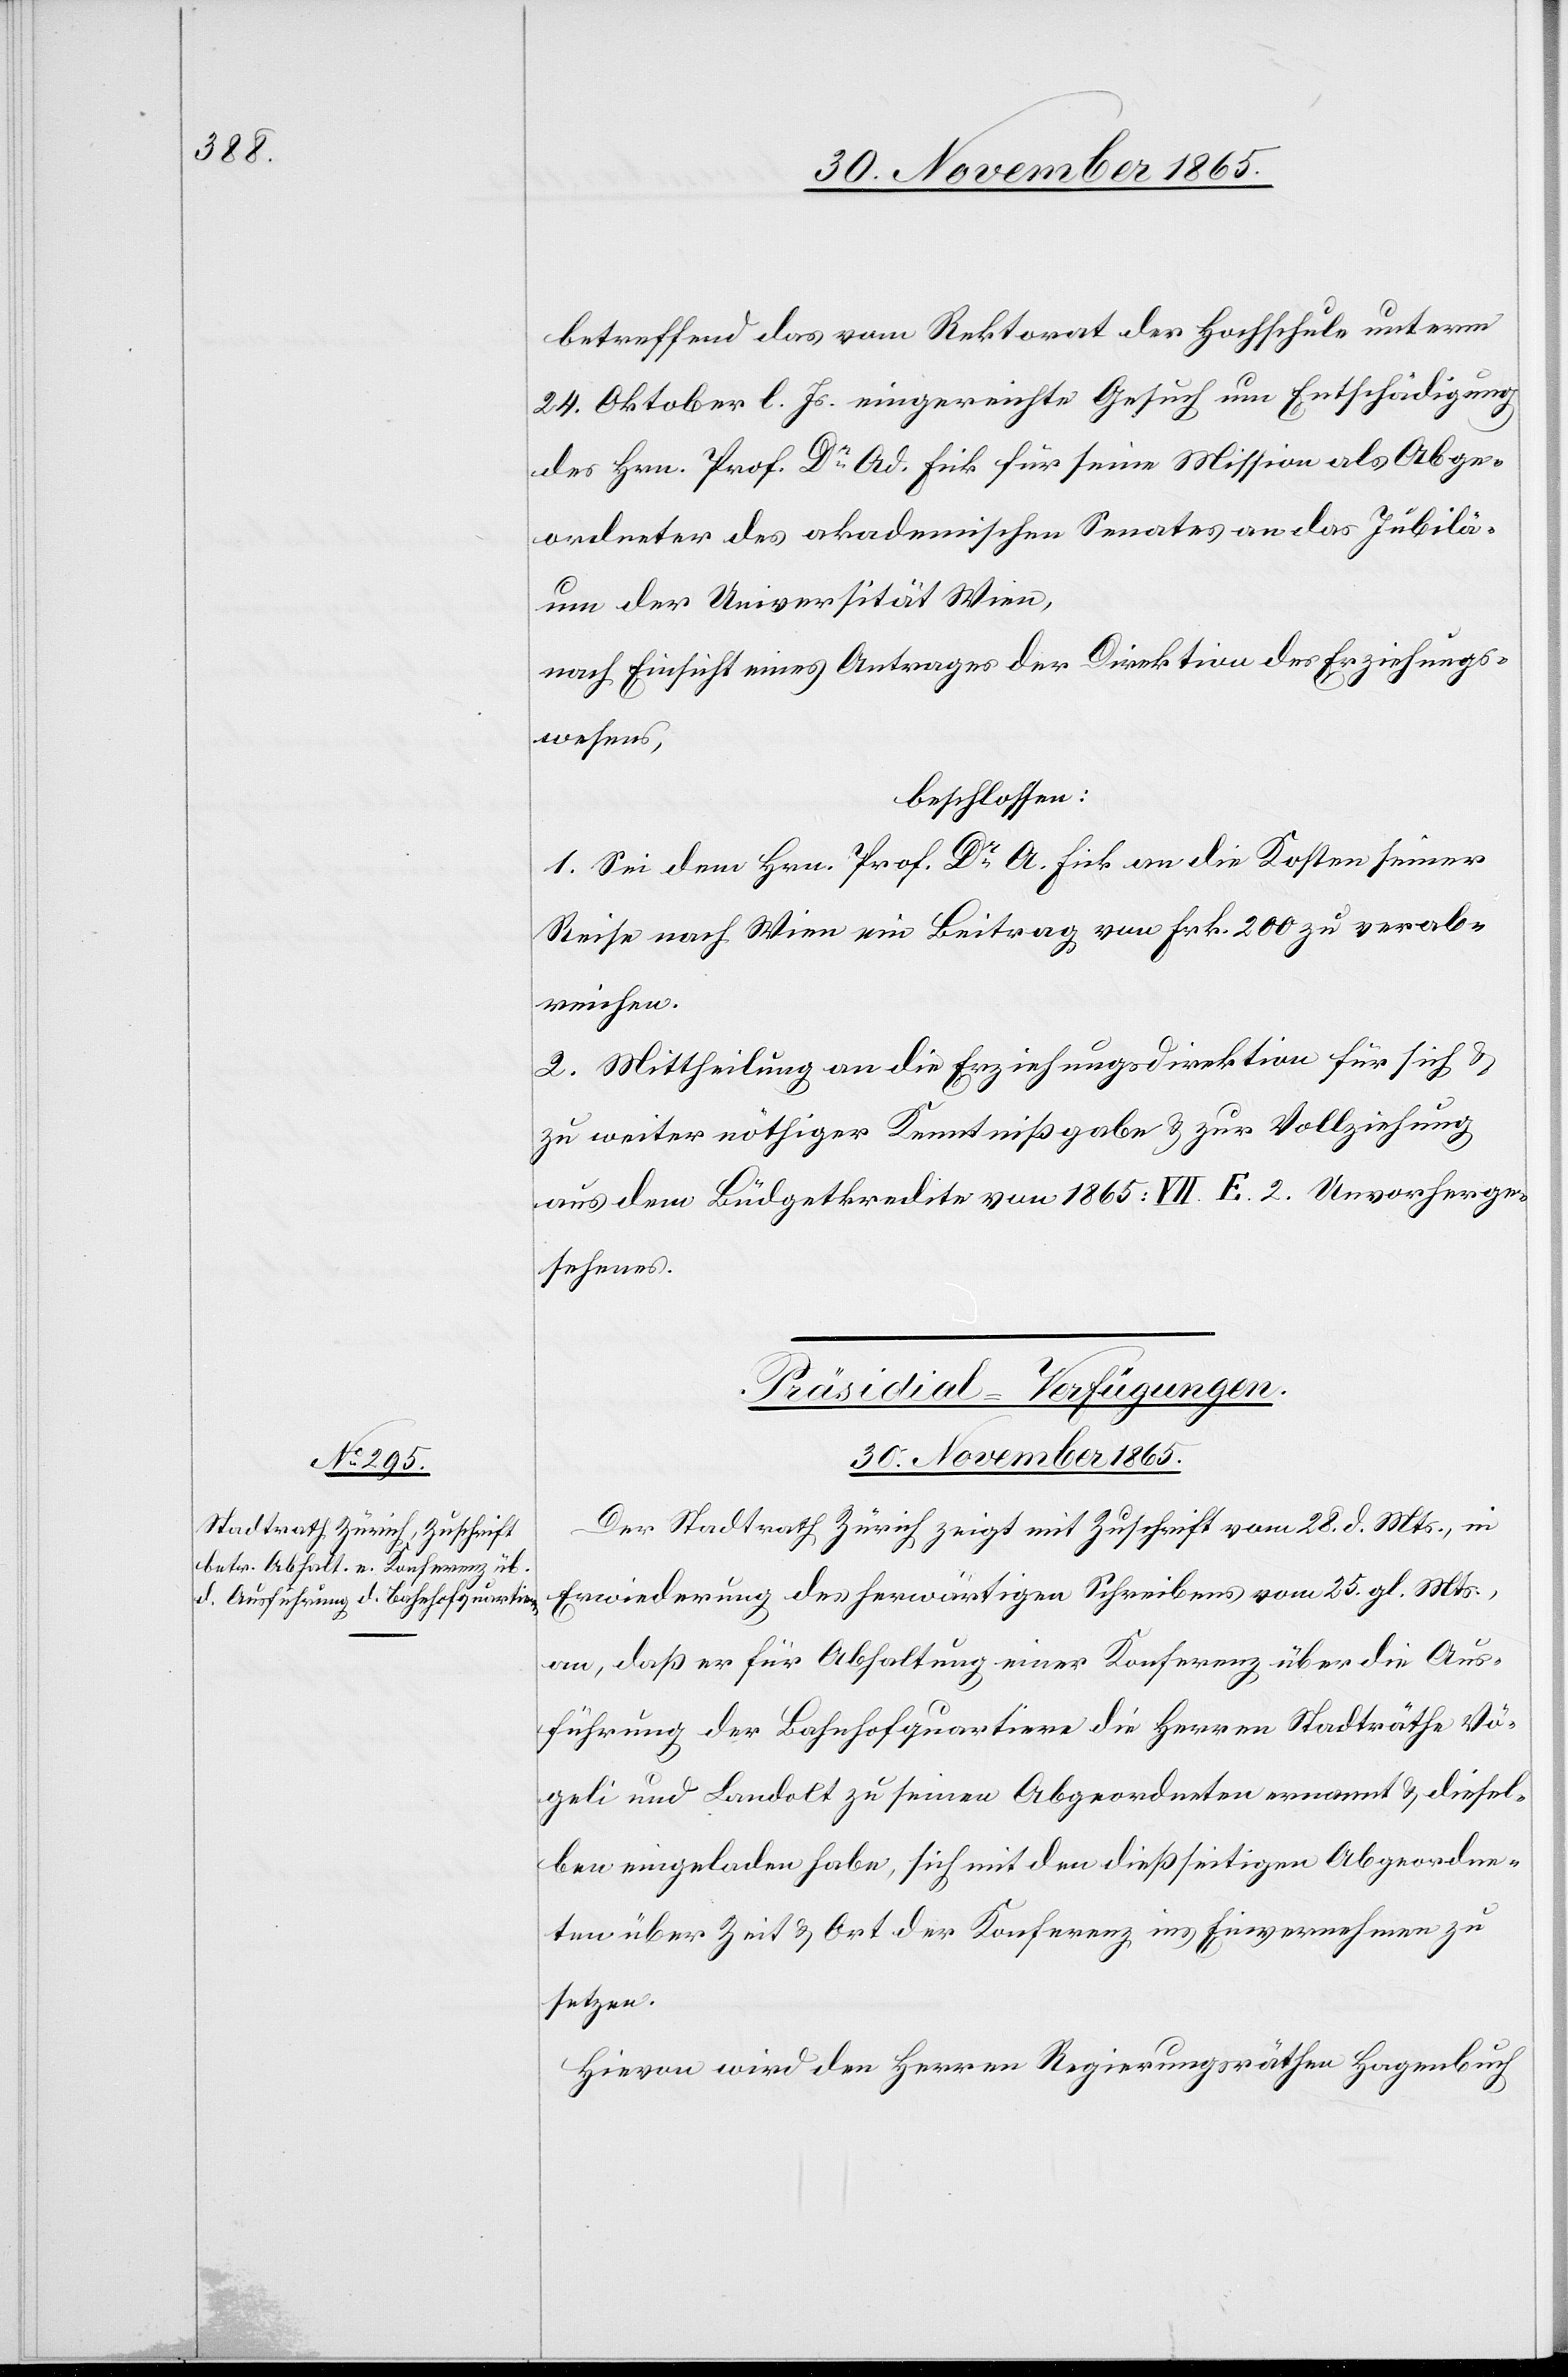
30. November 1865.
betreffend das vom Rektorat der Hochschule unterm
24. Oktober l. Js. eingereichte Gesuch um Entschädigung
des Hrn. Prof. Dr Ad. Fick für seine Mission als Abge¬
ordneter des akademischen Senates an das Jubilä¬
um der Universität Wien,
nach Einsicht eines Antrages der Direktion des Erziehungs¬
wesens,
beschlossen:
1. Sei dem Hrn. Prof. Dr A. Fick an die Kosten seiner
Reise nach Wien ein Beitrag von Frk. 200 zu verab¬
reichen.
2. Mittheilung an die Erziehungsdirektion für sich &
zu weiter nötiger Kenntnißgabe & zur Vollziehung
aus dem Büdgetkredite von 1865: VII. E. 2. Unvorherge¬
sehenes.
Präsidial-Verfügungen.
Der Stadtrath Zürich zeigt mit Zuschrift vom 28. d. Mts., in
Erwiederung des herwärtigen Schreibens vom 25. gl. Mts.,
an, daß er für Abhaltung einer Konferenz über die Aus¬
führung der Bahnhofsquartiere die Herren Stadträthe Vö¬
geli und Landolt zu seinen Abgeordneten ernannt & diesel¬
ben eingeladen habe, sich mit den dießseitigen Abgeordne¬
ten über Zeit & Ort der Konferenz ins Einvernehmen zu
setzen.
Hievon wird den Herren Regierungsräthen Hagenbuch